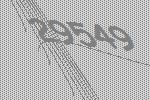
29549